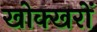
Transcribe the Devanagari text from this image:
खोक्खरों